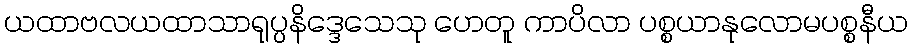
ယထာဗလယထာသာရုပ္ပနိဒ္ဒေသေသု ဟေတူ ကာပိလာ ပစ္စယာနုလောမပစ္စနီယ